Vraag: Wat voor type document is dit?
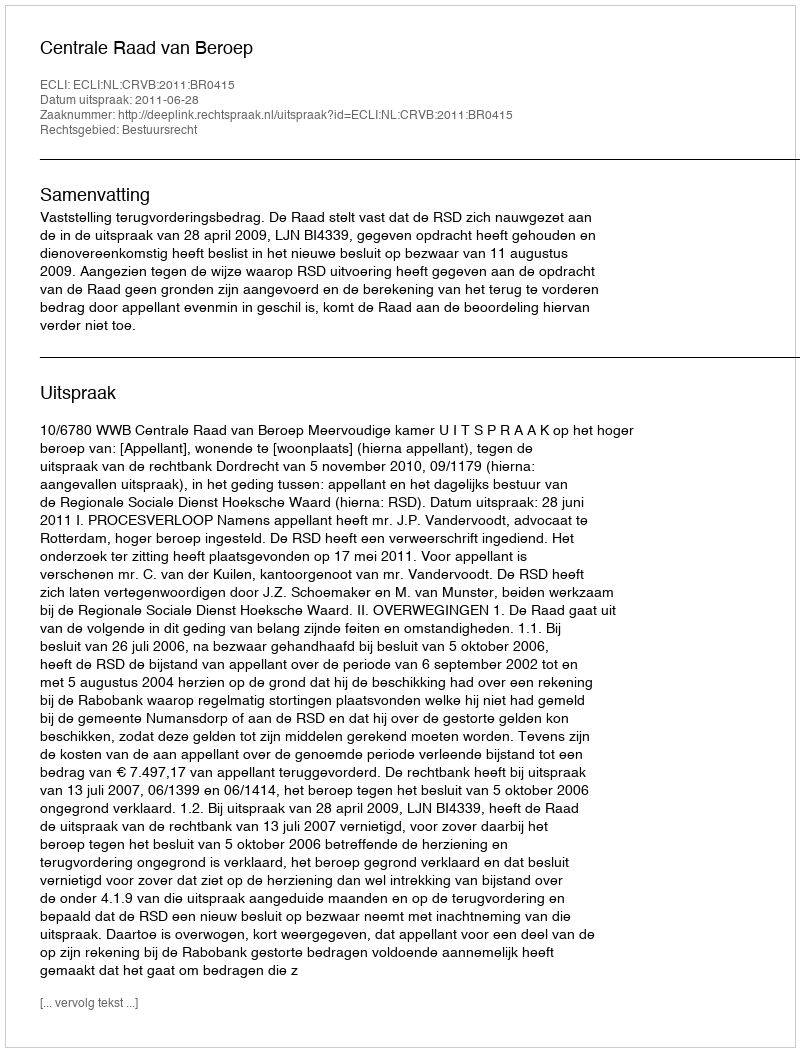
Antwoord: Uitspraak